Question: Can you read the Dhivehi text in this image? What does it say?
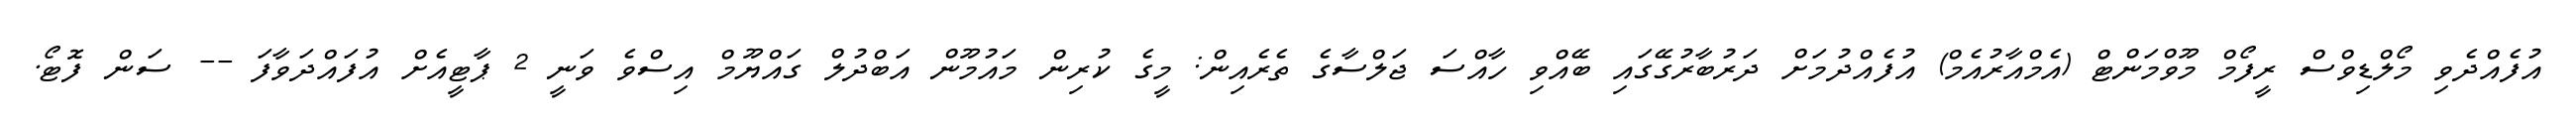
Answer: އުފެއްދެވި މޯލްޑިވްސް ރީފޯމް މޫވްމަންޓް (އެމްއާރުއެމް) އުފެއްދުމަށް ދަރުބާރުގޭގައި ބޭއްވި ހާއްސަ ޖަލްސާގެ ތެރެއިން: މީގެ ކުރިން މައުމޫން އަބްދުލް ގައްޔޫމް އިސްވެ ވަނީ 2 ޕާޓީއެށް އުފައްދަވާފަ -- ސަން ފޮޓޯ.